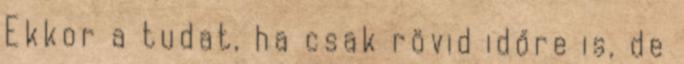
Ekkor a tudat, ha csak rövid időre is, de